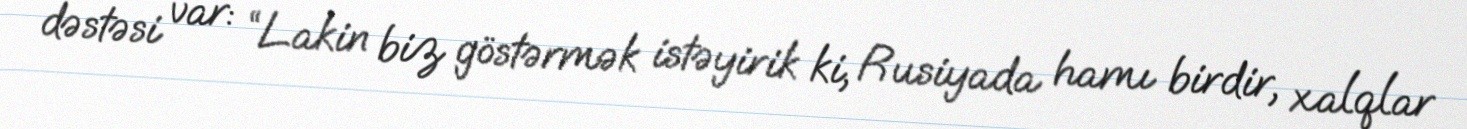
dəstəsi var: “Lakin biz göstərmək istəyirik ki, Rusiyada hamı birdir, xalqlar